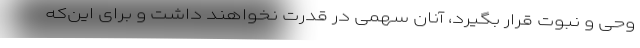
وحی و نبوت قرار بگیرد، آنان سهمی در قدرت نخواهند داشت و برای این‌که